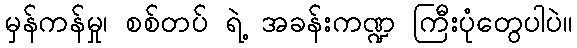
မှန်ကန်မှု၊ စစ်တပ် ရဲ့ အခန်းကဏ္ဍ ကြီးပုံတွေပါပဲ။